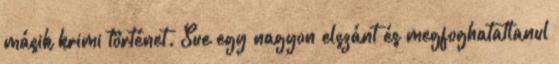
másik krimi történet. Sue egy nagyon elszánt és megfoghatatlanul